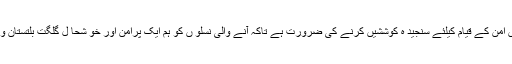
ہمیں ملکر خطے میں امن کے قیام کیلئے سنجید ہ کوششیں کرنے کی ضرورت ہے تاکہ آنے والی نسلو ں کو ہم ایک پرامن اور خو شحا ل گلگت بلتستان ورثے میں دے سکیں۔